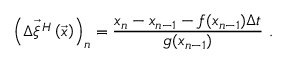
\left( \vec { \Delta \xi ^ { H } } \left( \vec { x } \right) \right) _ { n } = \frac { x _ { n } - x _ { n - 1 } - f ( x _ { n - 1 } ) \Delta t } { g ( x _ { n - 1 } ) } \ .